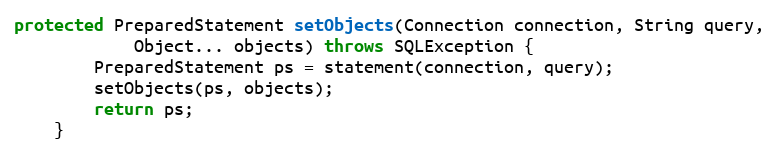
Language: Java
protected PreparedStatement setObjects(Connection connection, String query,
            Object... objects) throws SQLException {
        PreparedStatement ps = statement(connection, query);
        setObjects(ps, objects);
        return ps;
    }